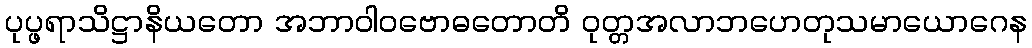
ပုပ္ဖရာသိဋ္ဌာနိယတော အဘာဝါဝဗောဓတောတိ ဝုတ္တအလာဘဟေတုသမာယောဂေန